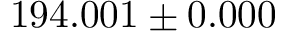
1 9 4 . 0 0 1 \pm 0 . 0 0 0